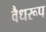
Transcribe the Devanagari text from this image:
वैधरूप